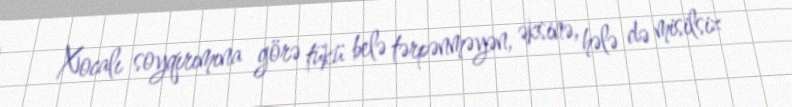
Xocalı soyqırımına görə tükü belə tərpənməyən, əksinə, hələ də misilsiz